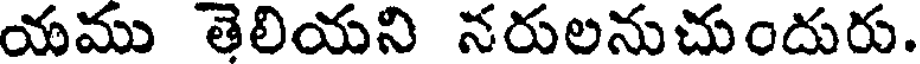
యము తెలియని నరులనుచుందురు.